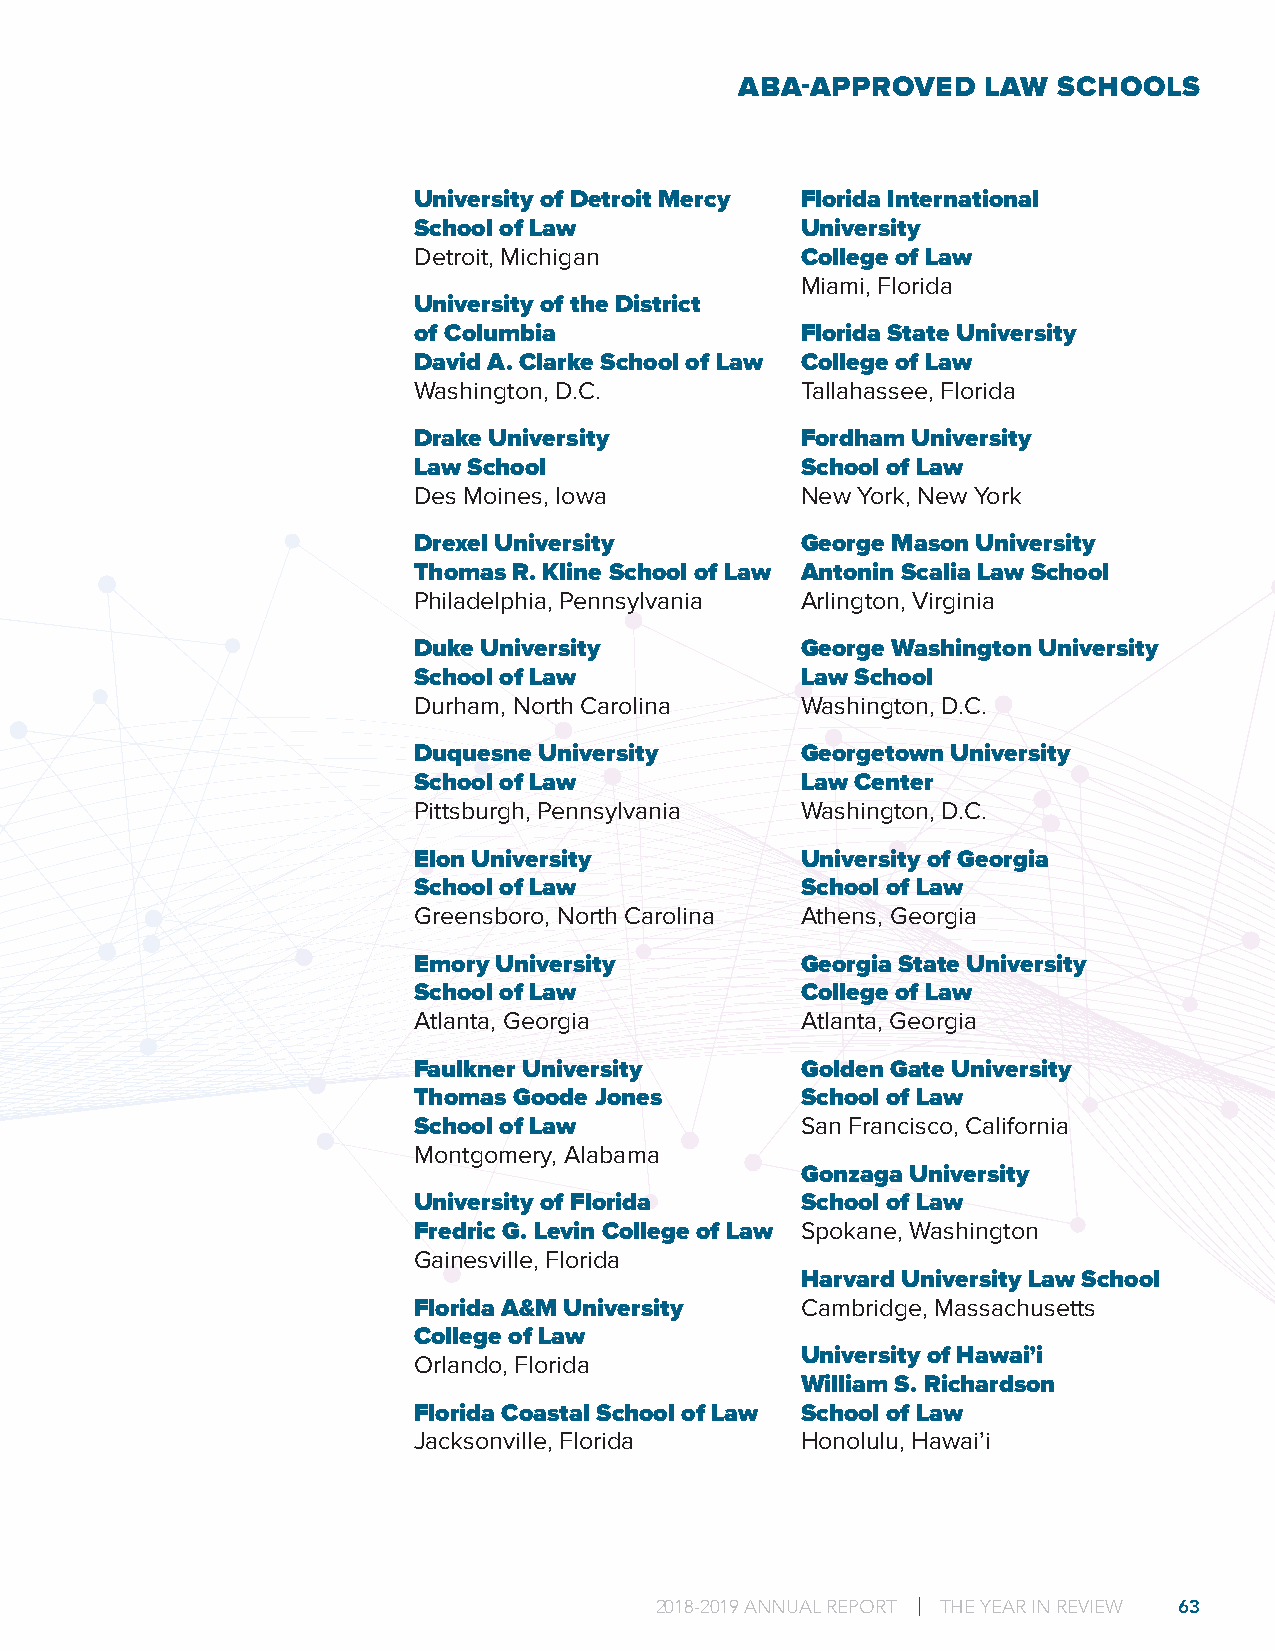
ABA-APPROVED    LAW  SCHOOLS
 University of Detroit Mercy Florida International
 School of Law             University
 Detroit, Michigan         College of Law
 Miami, Florida
 University of the District
 of Columbia               Florida State University
 David A. Clarke School of Law College of Law
 Washington, D.C.          Tallahassee, Florida
 Drake University          Fordham University
 Law School                School of Law
 Des Moines, Iowa          New York, New York
 Drexel University         George Mason University
 Thomas R. Kline School of Law Antonin Scalia Law School
 Philadelphia, Pennsylvania Arlington, Virginia
 Duke University           George Washington University
 School of Law             Law School
 Durham, North Carolina    Washington, D.C.
 Duquesne University       Georgetown University
 School of Law             Law Center
 Pittsburgh, Pennsylvania  Washington, D.C.
 Elon University           University of Georgia
 School of Law             School of Law
 Greensboro, North Carolina Athens, Georgia
 Emory University          Georgia State University
 School of Law             College of Law
 Atlanta, Georgia          Atlanta, Georgia
 Faulkner University       Golden Gate University
 Thomas Goode Jones        School of Law
 School of Law             San Francisco, California
 Montgomery, Alabama
 Gonzaga University
 University of Florida     School of Law
 Fredric G. Levin College of Law Spokane, Washington
 Gainesville, Florida
 Harvard University Law School
 Florida A&M University    Cambridge, Massachusetts
 College of Law
 University of Hawai’i
 Orlando, Florida
 William S. Richardson
 Florida Coastal School of Law School of Law
 Jacksonville, Florida     Honolulu, Hawai’i
 2018-2019 ANNUAL REPORT | THE YEAR IN REVIEW 63